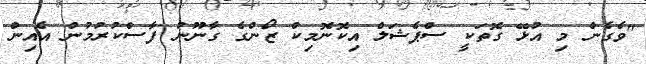
"ވެގެން މި އުޅޭ ގޮތަކީ ސްޕެޝަލް އިކޮނޮމިކް ޒޯންގެ ގާނޫނު ފާސްކުރުމުން އެއިން